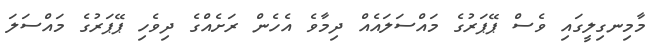
މާމިނގިލީގައި ވެސް ޕޭޕަރުގެ މައްސަލައެއް ދިމާވެ އެހެން ރަށެއްގެ ދިވެހި ޕޭޕަރުގެ މައްސަލަ